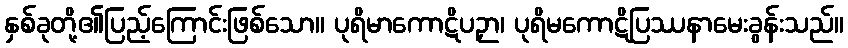
နှစ်ခုတို့၏ပြည့်ကြောင်းဖြစ်သော။ ပုရိမာကောဋိပဉှာ၊ ပုရိမကောဋိပြဿနာမေးခွန်းသည်။